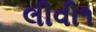
લીવી૧